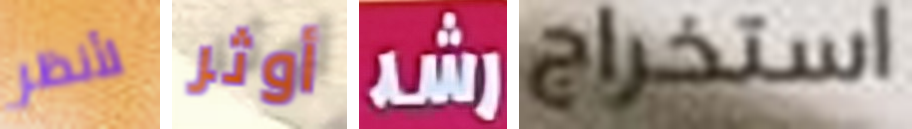
لأنظر أوثر رشد استخراج